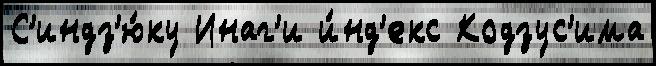
С'индз'ю́ку Инаг'и и́нд'екс Кодзус'има